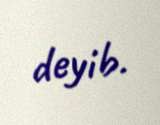
deyib.